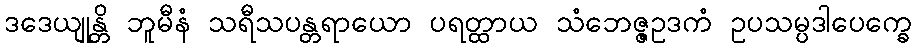
ဒဒေယျုန္တိ ဘူမီနံ သရီသပန္တရာယော ပရတ္ထာယ သံဘေဇ္ဇဥဒကံ ဥပသမ္ပဒါပေက္ခေ